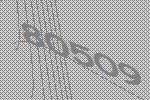
80509